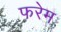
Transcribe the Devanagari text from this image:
फरेम